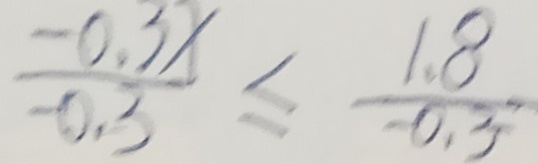
\frac { - 0 . 3 x } { - 0 . 3 } \leq \frac { 1 . 8 } { - 0 . 3 }